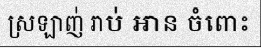
ស្រឡាញ់ រាប់ ឣាន ចំពោះ